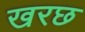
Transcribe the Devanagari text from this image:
खरछ